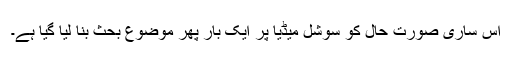
اس ساری صورت حال کو سوشل میڈیا پر ایک بار پھر موضوع بحث بنا لیا گیا ہے۔